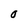
Character: 0